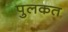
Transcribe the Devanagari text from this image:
पुलकत